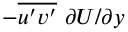
- \overline { { u ^ { \prime } v ^ { \prime } } } \, \, \partial U / \partial y